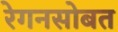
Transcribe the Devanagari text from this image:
रेगनसोबत